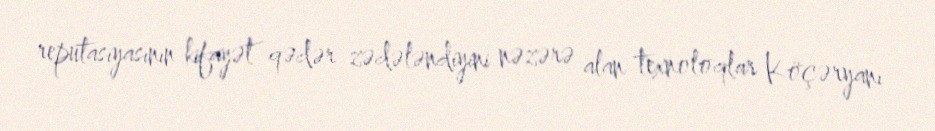
reputasiyasının kifayət qədər zədələndiyini nəzərə alan texnoloqlar Köçəryanı